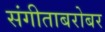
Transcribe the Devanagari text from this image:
संगीताबरोबर